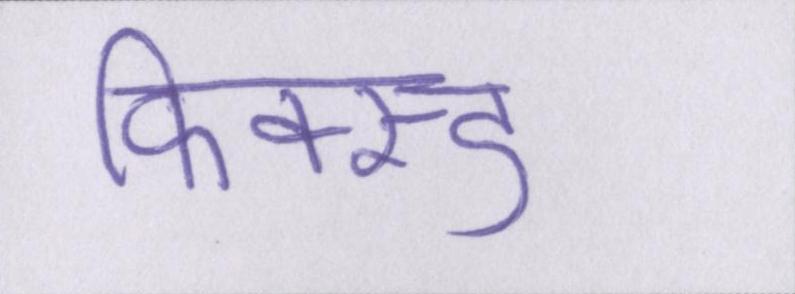
फिक्स्ड